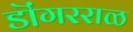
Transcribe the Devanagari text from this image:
डॊंगरराळ